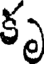
కృ